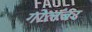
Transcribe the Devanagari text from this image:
गोलंबर